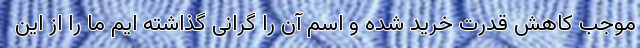
موجب کاهش قدرت خرید شده و اسم آن را گرانی گذاشته ایم ما را از این